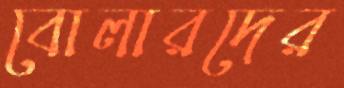
বোলারদের